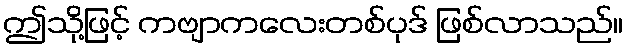
ဤသို့ဖြင့် ကဗျာကလေးတစ်ပုဒ် ဖြစ်လာသည်။